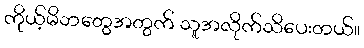
ကိုယ့်မိဘတွေအတွက် သူအလိုက်သိပေးတယ်။